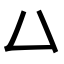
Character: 𠙴